Calcutta medical institutions reports 1879-81 [i.e.91]
Year: 1879
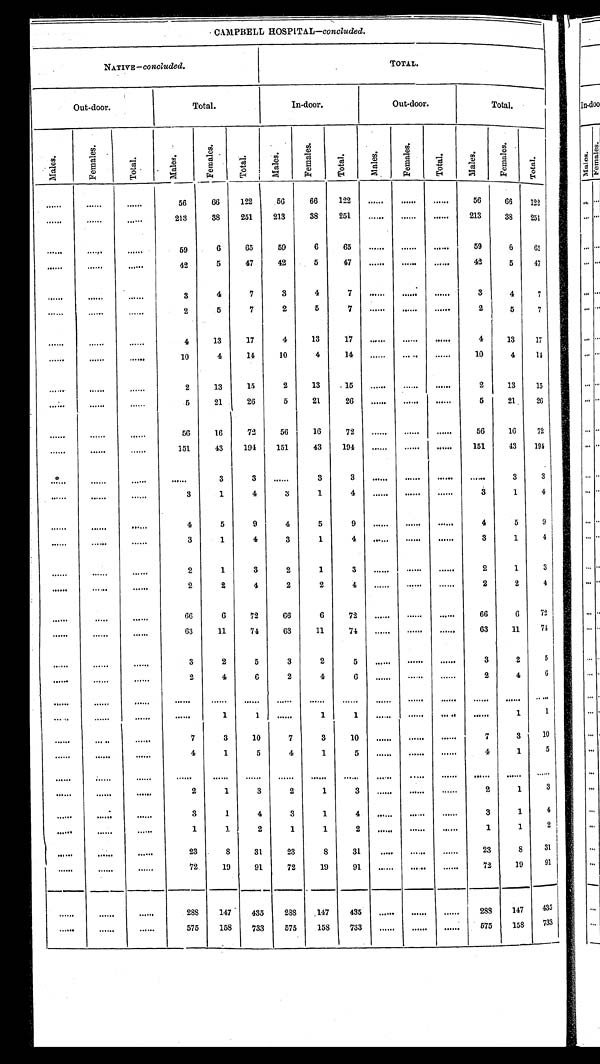
CAMPBELL HOSPITAL—concluded.
NATIVE — concluded.
TOTAL.
Out-door.
Total.
In-door.
Out-door.
Total.
M a l e s .
F e m a l e s .
T o t a l . M a l e s .
Females.
T o t a l .
M a l e s .
F e m a l e s .
T o t a l .
Ma l e s .
F e m a l e s .
T o t a l .
M a l e s .
F e m a l e s .
T o t a l .
. . . . . .
. . . . . .
. . . . . .
5 6
6 6
1 2 2
5 6
6 6
1 2 2
. . . . . .
. . . . . .
. . . . . .
5 6
6 6
1 2 2
. . . . . .
. . . . . .
. . . . . .
2 1 3
3 8
2 5 1
2 1 3
3 8
2 5 1
. . . . . .
. . . . . .
. . . . . .
2 1 3
3 8
2 5 1
. . . . . .
. . . . . .
. . . . . .
5 9
6
6 5
5 9
6
6 5
. . . . . .
. . . . . .
. . . . . .
5 9
6
6 5
. . . . . .
. . . . . .
. . . . . .
4 2
5
4 7
4 2
5
4 7
. . . . . .
. . . . . .
. . . . . .
4 2
5
4 7
. . . . . .
. . . . . .
. . . . . .
3
4
7
3
4
7
. . . . . .
. . . . . .
. . . . . .
3
4
7
. . . . . .
. . . . . .
. . . . . .
2
5
7
2
5
7
. . . . . .
. . . . . .
. . . . . .
2
5
7
. . . . . .
. . . . . .
. . . . . .
4
1 3
1 7
4
1 3
1 7
. . . . . .
. . . . . .
. . . . . .
4
1 3
1 7
. . . . . .
. . . . . .
. . . . . .
1 0
4
1 4
1 0
4
1 4
. . . . . .
. . . . . .
. . . . . .
1 0
4
1 4
. . . . . .
. . . . . .
. . . . . .
2
1 3
1 5
2
1 3
1 5
. . . . . .
. . . . . .
. . . . . .
2
1 3
1 5
. . . . . .
. . . . . .
. . . . . .
5
2 1
2 6
5
2 1
2 6
. . . . . .
. . . . . .
. . . . . .
5
2 1
2 6
. . . . . .
. . . . . .
. . . . . .
5 6
1 6
7 2
5 6
1 6
7 2
. . . . . .
. . . . . .
. . . . . .
5 6
1 6
7 2
. . . . . .
. . . . . .
. . . . . .
1 5 1
4 3
1 9 4
1 5 1
4 3
1 9 4
. . . . . .
. . . . . .
. . . . . .
1 5 1
4 3
1 9 4
. . . . . .
. . . . . .
. . . . . .
. . . . . .
3
3
. . . . . .
3
3
. . . . . .
. . . . . .
. . . . . .
. . . . . .
3
3
. . . . . .
. . . . . .
. . . . . .
3
1
4
3
1
4
. . . . . .
. . . . . .
. . . . . .
3
1
4
. . . . . .
. . . . . .
. . . . . .
4
5
9
4
5
9
. . . . . .
. . . . . .
. . . . . .
4
5
9
. . . . . .
. . . . . .
. . . . . .
3
1
4
3
1
4
. . . . . .
. . . . . .
. . . . . .
3
1
4
. . . . . .
. . . . . .
. . . . . .
2
1
3
2
1
3
. . . . . .
. . . . . .
. . . . . .
2
1
3
. . . . . .
. . . . . .
. . . . . .
2
2
4
2
2
4
. . . . . .
. . . . . .
. . . . . .
2
2
4
. . . . . .
. . . . . .
. . . . . .
6 6
6
7 2
6 6
6
7 2
. . . . . .
. . . . . .
. . . . . .
6 6
6
7 2
. . . . . .
. . . . . .
. . . . . .
6 3
1 1
7 4
6 3
1 1
7 4
. . . . . .
. . . . . .
. . . . . .
6 3
1 1
7 4
. . . . . .
. . . . . .
. . . . . .
3
2
5
3
2
5
. . . . . .
. . . . . .
. . . . . .
3
2
5
. . . . . .
. . . . . .
. . . . . .
2
4
6
2
4
6
. . . . . .
. . . . . .
. . . . . .
2
4
6
. . . . . .
. . . . . .
. . . . . .
. . . . . .
. . . . . .
. . . . . .
. . . . . .
. . . . . .
. . . . . .
. . . . . .
. . . . . .
. . . . . .
. . . . . .
. . . . . .
. . . . . .
. . . . . .
. . . . . .
. . . . . .
. . . . . .
1
1
. . . . . .
1
1
. . . . . .
. . . . . .
. . . . . .
. . . . . .
1
1
. . . . . . . . . . . .
. . . . . .
7
3
1 0
7
3
1 0
. . . . . .
. . . . . .
. . . . . .
7
3
1 0
. . . . . .
. . . . . .
. . . . . .
4
1
5
4
1
5
. . . . . .
. . . . . .
. . . . . .
4
1
5
. . . . . .
. . . . . .
. . . . . .
. . . . . .
. . . . . .
. . . . . .
. . . . . .
. . . . . .
. . . . . .
. . . . . .
. . . . . .
. . . . . .
. . . . . .
. . . . . .
. . . . . .
. . . . . .
. . . . . .
. . . . . .
2
1
3
2
1
3
. . . . . .
. . . . . .
. . . . . .
2
1
3
. . . . . .
. . . . . .
. . . . . .
3
1
4
3
1
4
. . . . . .
. . . . . .
. . . . . .
3
1
4
. . . . . .
. . . . . .
. . . . . .
1
1
2
1
1
2
. . . . . .
. . . . . .
. . . . . .
1
1
2
. . . . . .
. . . . . .
. . . . . .
2 3
8
3 1
2 3
8
3 1
. . . . . .
. . . . . .
. . . . . .
2 3
8
3 1
. . . . . .
. . . . . .
. . . . . .
7 2
1 9
9 1
7 2
1 9
9 1
. . . . . .
. . . . . .
. . . . . .
7 2
1 9
9 1
. . . . . .
. . . . . .
. . . . . .
2 8 8
1 4 7
4 3 5
2 8 8
1 4 7
4 3 5
. . . . . .
. . . . . .
. . . . . .
2 8 8
1 4 7
4 3 5
. . . . . .
. . . . . .
. . . . . .
5 7 5
1 5 8
7 3 3
5 7 5
1 5 8
7 3 3
. . . . . .
. . . . . .
. . . . . .
5 7 5
1 5 8
7 3 3